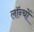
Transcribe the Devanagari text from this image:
लॉन्चों